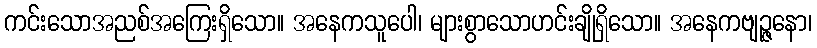
ကင်းသောအညစ်အကြေးရှိသော။ အနေကသူပေါ၊ များစွာသောဟင်းချိုရှိသော။ အနေကဗျဉ္ဇနော၊